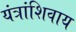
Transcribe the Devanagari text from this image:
यंत्रांशिवाय